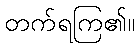
တက်ရကြ၏။